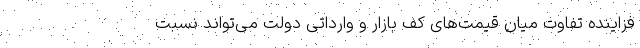
فزاینده تفاوت میان قیمت‌های کف بازار و وارداتی دولت می‌تواند نسبت